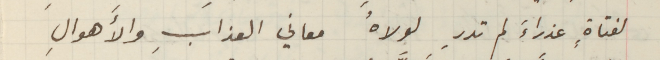
لفتاةٍ عذراءَ لم تدرِ لولاهُ معاني العذابِ والأًهوالِِ